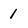
Character: I